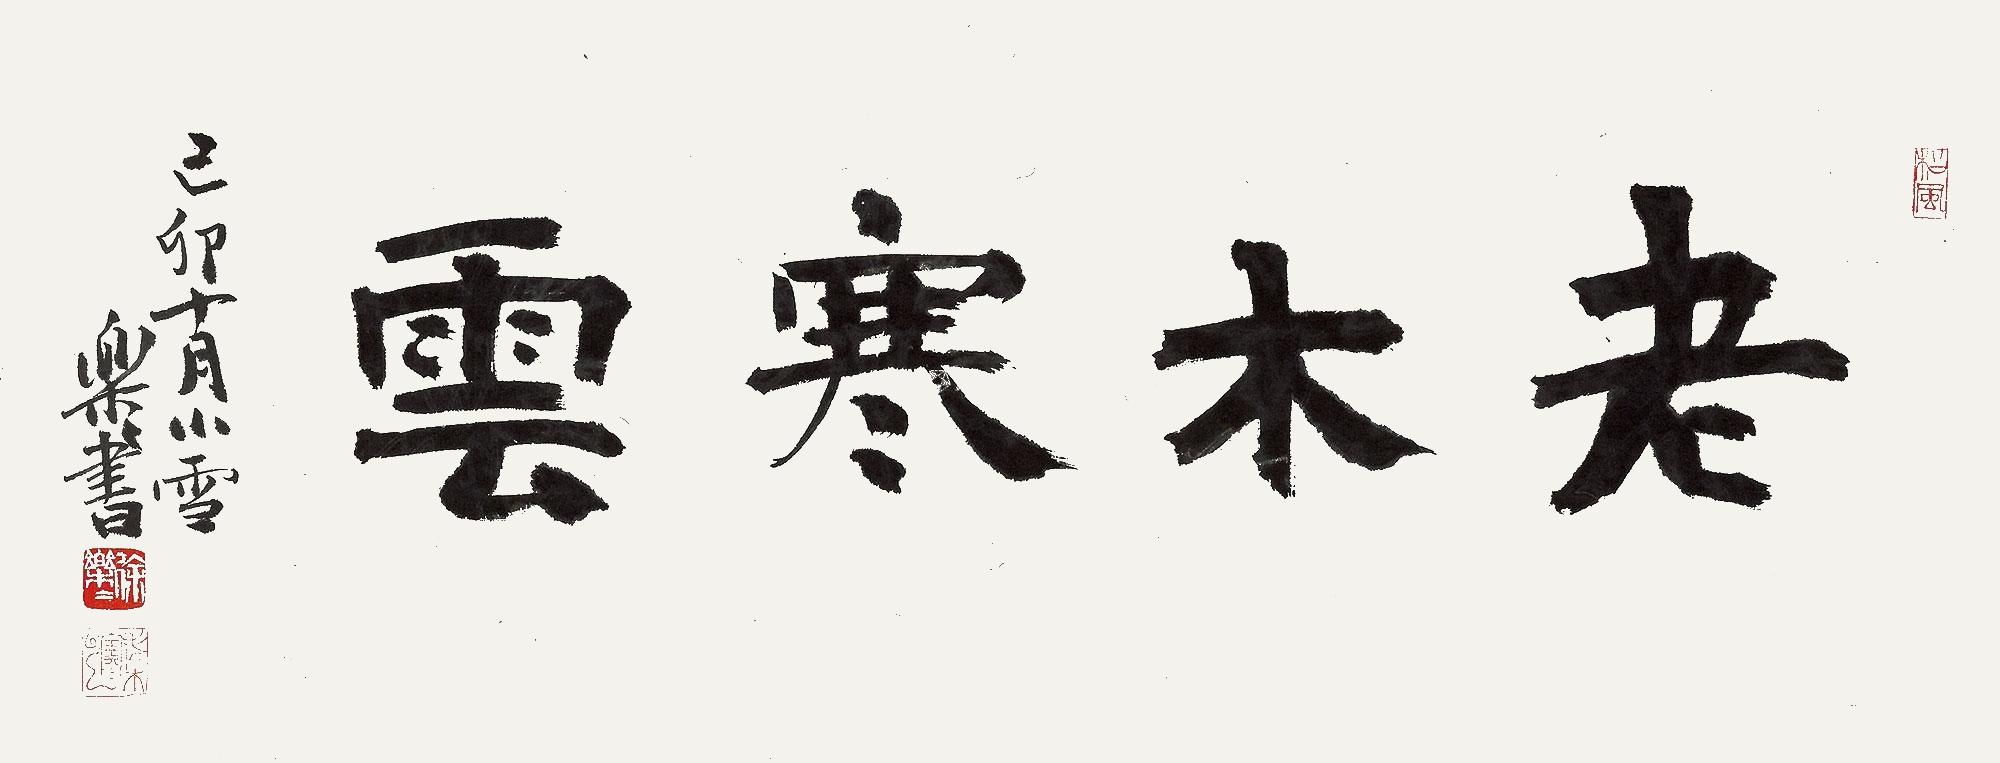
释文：老木寒云。己卯十月小雪，乐乐书。